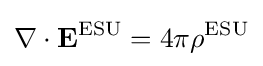
\nabla \cdot \mathbf {E} ^{\text{ESU}}=4\pi \rho ^{\text{ESU}}